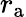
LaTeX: r_{\mathrm{a}}